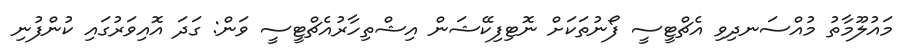
މައުލޫމާތު މުއްސަނދިވި އެޗްޓީސީ ފޯނުތަކަށް ނޮޓިފިކޭޝަން އިޝްތިހާރުއެޗްޓީސީ ވަން: ގަދަ އޮއިވަރުގައި ކުންފުނި